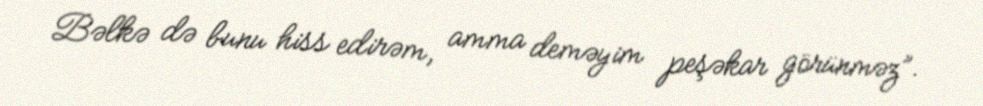
Bəlkə də bunu hiss edirəm, amma deməyim peşəkar görünməz”.